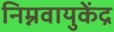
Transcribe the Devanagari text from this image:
निम्नवायुकेंद्र